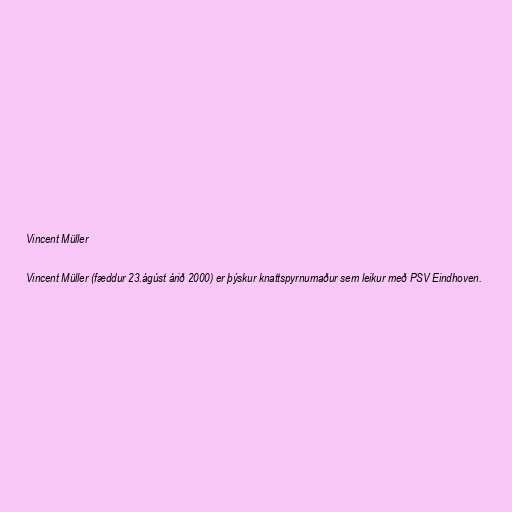
Vincent Müller

Vincent Müller (fæddur 23.ágúst árið 2000) er þýskur knattspyrnumaður sem leikur með PSV Eindhoven.